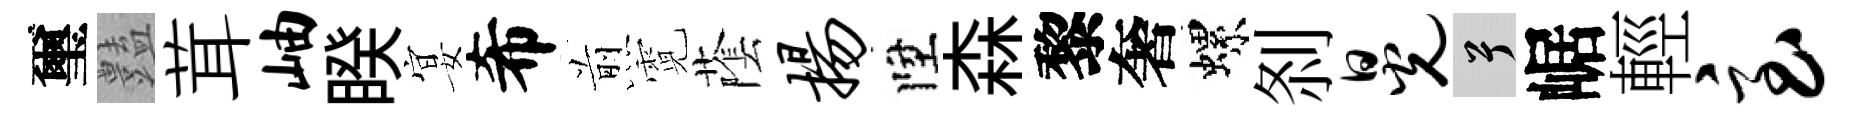
璽𧰟茸岫睽宴希煎霓䕃扬陞森黎奢螺𠛴晃兮崌輕急